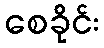
စေခိုင်း